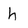
Character: h